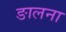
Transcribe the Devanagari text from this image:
ङालना